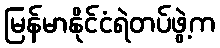
မြန်မာနိုင်ငံရဲတပ်ဖွဲ့က